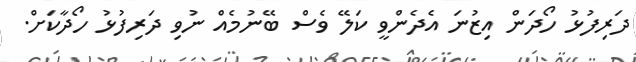
ދަރިފުޅު ހޯދަން އިޒުނަ އެދެންވީ ކަލޭ ވެސް ބޭނުމެއް ނުވި ދަރިފުޅު ހޯދާކަށް.